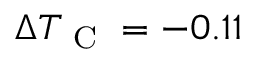
\Delta { } T _ { \textrm { C } } = - 0 . 1 1